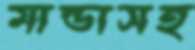
মান্ডাসহ